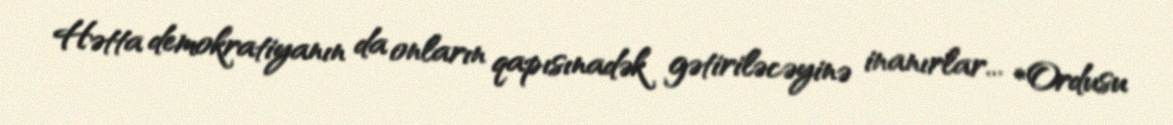
Hətta demokratiyanın da onların qapısınadək gətiriləcəyinə inanırlar... *Ordusu